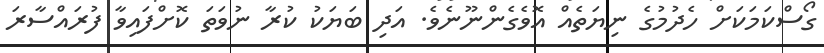
ގޯސްކަމަކަށް ހެދުމުގެ ނިޔަތެއް އޮވެގެންނޫނެވެ. އަދި ބަޔަކު ކުރާ ނުވަތަ ކޮށްފައިވާ ފުރައްސާރަ